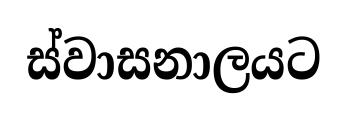
ස්වාසනාලයට